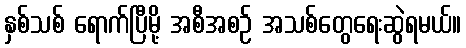
နှစ်သစ် ရောက်ပြီမို့ အစီအစဉ် အသစ်တွေရေးဆွဲရမယ်။